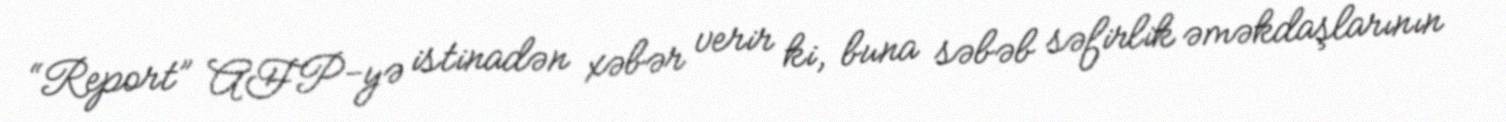
“Report” AFP-yə istinadən xəbər verir ki, buna səbəb səfirlik əməkdaşlarının